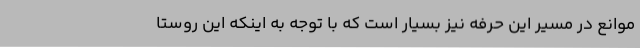
موانع در مسیر این حرفه نیز بسیار است که با توجه به اینکه این روستا